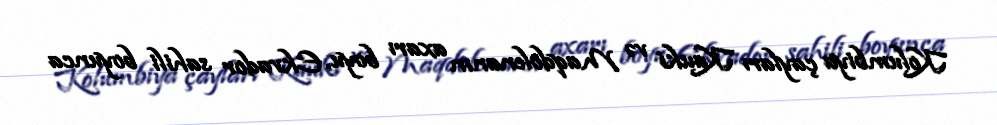
Kolumbiya çayları Kauki və Maqdolenanın axarı boyu, Ekvador sahili boyunca